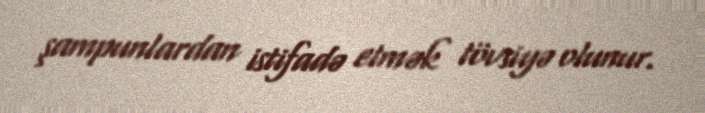
şampunlardan istifadə etmək tövsiyə olunur.